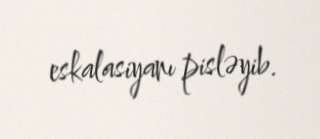
eskalasiyanı pisləyib.